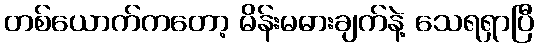
တစ်ယောက်ကတော့ မိန်းမဓားချက်နဲ့ သေရရှာပြီ